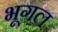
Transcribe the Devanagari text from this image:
भूगल